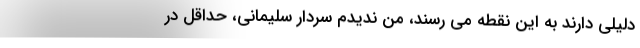
دلیلی دارند به این نقطه می رسند، من ندیدم سردار سلیمانی، حداقل در